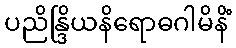
ပညိန္ဒြိယနိရောဓဂါမိနိံ